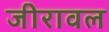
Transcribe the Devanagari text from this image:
जीरावल